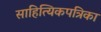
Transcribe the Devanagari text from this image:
साहित्यिकपत्रिका